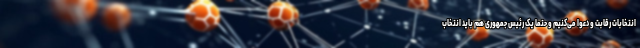
انتخابات رقابت و دعوا می‌کنیم و حتماً یک رئیس جمهوری هم باید انتخاب